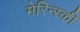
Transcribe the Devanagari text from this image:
मेरिन्स्की